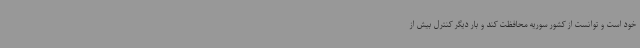
خود است و توانست از کشور سوریه محافظت کند و بار دیگر کنترل بیش از